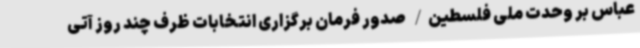
عباس بر وحدت ملی فلسطین/ صدور فرمان برگزاری انتخابات ظرف چند روز آتی